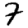
Digit: 7